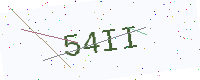
Text: 54II